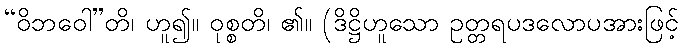
“ဝိဘဝေါ”တိ၊ ဟူ၍။ ဝုစ္စတိ၊ ၏။ (ဒိဋ္ဌိဟူသော ဥတ္တရပဒလောပအားဖြင့်